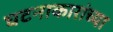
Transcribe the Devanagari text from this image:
घटनाकारांच्या